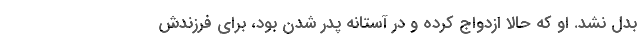
بدل نشد. او كه حالا ازدواج كرده و در آستانه پدر شدن بود، براي فرزندش